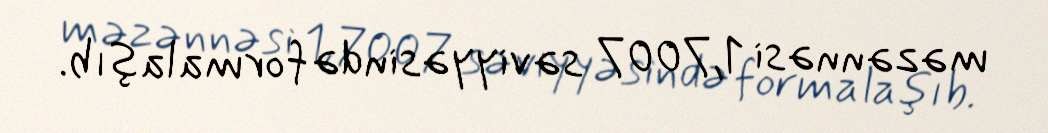
məzənnəsi 1,7007 səviyyəsində formalaşıb.